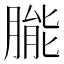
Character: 𬂌